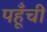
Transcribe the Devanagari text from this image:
पहूँची